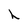
Character: h